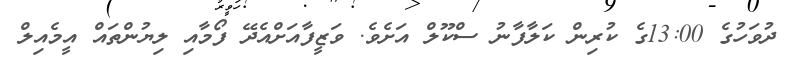
ދުވަހުގެ 13:00ގެ ކުރިން ކަލާފާނު ސްކޫލް އަށެވެ. ވަޒީފާއަށްއެދޭ ފޯމާއި ލިޔުންތައް އީމެއިލް